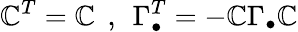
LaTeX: {\cal\mathbb{C}}^{T}={\cal\mathbb{C}}\: \: ,\: \: \Gamma_{\bullet}^{T}=-{\cal\mathbb{C}}\Gamma_{\bullet}{\cal\mathbb{C}}